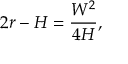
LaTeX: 2 r - H = { \frac { W ^ { 2 } } { 4 H } } ,